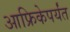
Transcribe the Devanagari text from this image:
आफ्रिकेपर्यंत